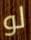
لو